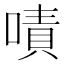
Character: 嘖